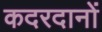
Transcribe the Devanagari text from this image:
कदरदानों